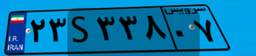
۶۵S۸۰۹۱۳